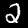
Digit: 2